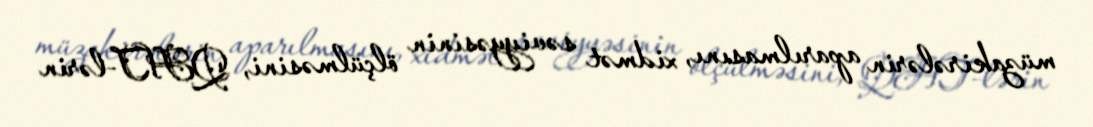
müzakirələrin aparılmasını, xidmət səviyyəsinin ölçülməsini, QHT-lərin